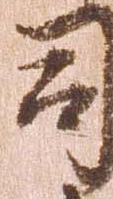
司